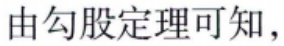
由勾股定理可知，